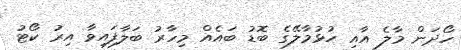
ހޯދަން މާލެ އާއި ހުޅުމާލޭގެ ބޮޑު ބައެއް މިހާރު ބަލާފައިވާ އިރު ކޯޓު